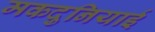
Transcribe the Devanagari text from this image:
मकदुनियाई